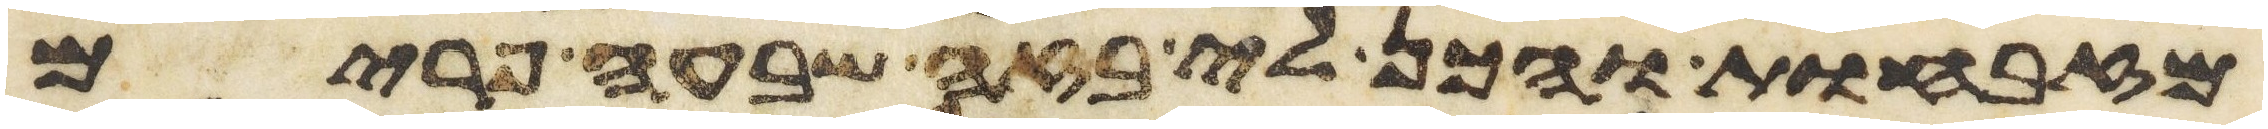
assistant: מזבחות והכן לי בזה שבעה פרים